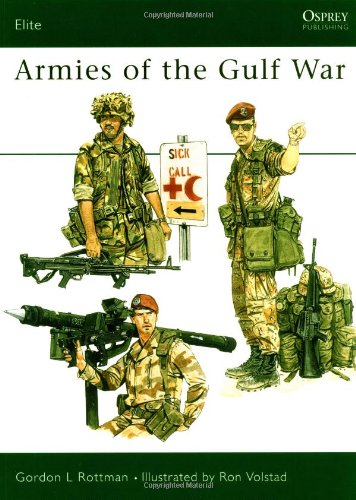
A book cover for Armies of the Gulf War (Elite); Gordon L. Rottman; History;